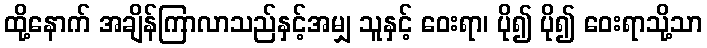
ထို့နောက် အချိန်ကြာလာသည်နှင့်အမျှ သူနှင့် ဝေးရာ၊ ပို၍ ပို၍ ဝေးရာသို့သာ